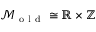
\mathcal { M } _ { \mathrm { ~ o ~ l ~ d ~ } } \cong \mathbb { R } \times \mathbb { Z }